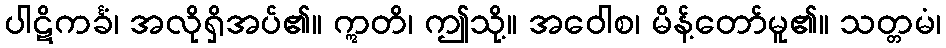
ပါဋိကင်္ခံ၊ အလိုရှိအပ်၏။ ဣတိ၊ ဤသို့။ အဝေါစ၊ မိန့်တော်မူ၏။ သတ္တမံ၊